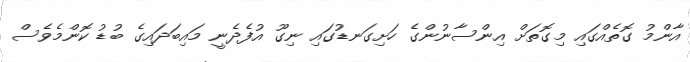
އާންމު ގޮތެއްގައި މިގޮތަށް އިންސާނުންގެ ހަށިގަނޑުގައި ނިގޫ އުފެދެނީ މައިބަދައިގެ ބުޑު ކޮންމެވެސް